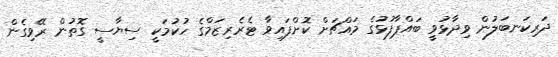
ދަރިކަނބަލުން ވިދާޅުވީ ބައްޕާފުޅުގެ މައްޗަށް ކޮށްފައިވާ ޓެރެރިޒަމްގެ ހުކުމަކީ ސިޔާސީ ގޮތުން ރޭވިގެން